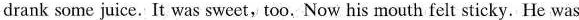
drank some juice. It was sweet, too. Now his mouth felt sticky. He was